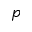
p